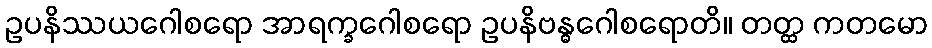
ဥပနိဿယဂေါစရော အာရက္ခဂေါစရော ဥပနိဗန္ဓဂေါစရောတိ။ တတ္ထ ကတမော